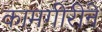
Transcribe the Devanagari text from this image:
कामगीरीने